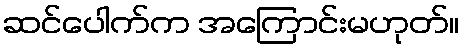
ဆင်ပေါက်က အကြောင်းမဟုတ်။